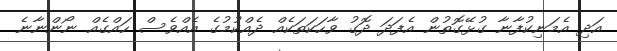
އަދި އެމަނިކުފާނާ ގުޅޭގޮތުން އެފަދަ ދޮގު ވާހަކަތަކެއް ދެއްކުމުގެ އެއްވެސް ހައްގެއް ނޯންނާނެ